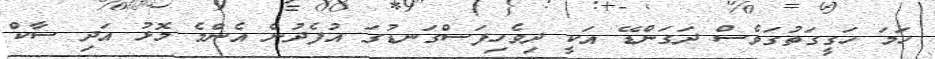
ހަމަ ހަގީގަތުގަވެސް ދަގަންޑޭ އަކީ ދިވެހިފަސްގަނޑުގަ އުފެދުން އެންމެ މޮޅު އަދި ސާކް